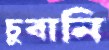
চুবানি